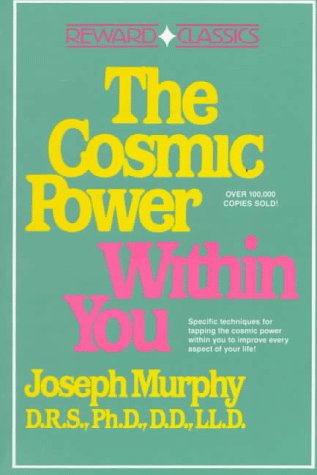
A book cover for The Cosmic Power Within You: Specific techqs for Tapping Cosmic Power Within You Improve Every Aspect your Life; Joseph Murphy; Self-Help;